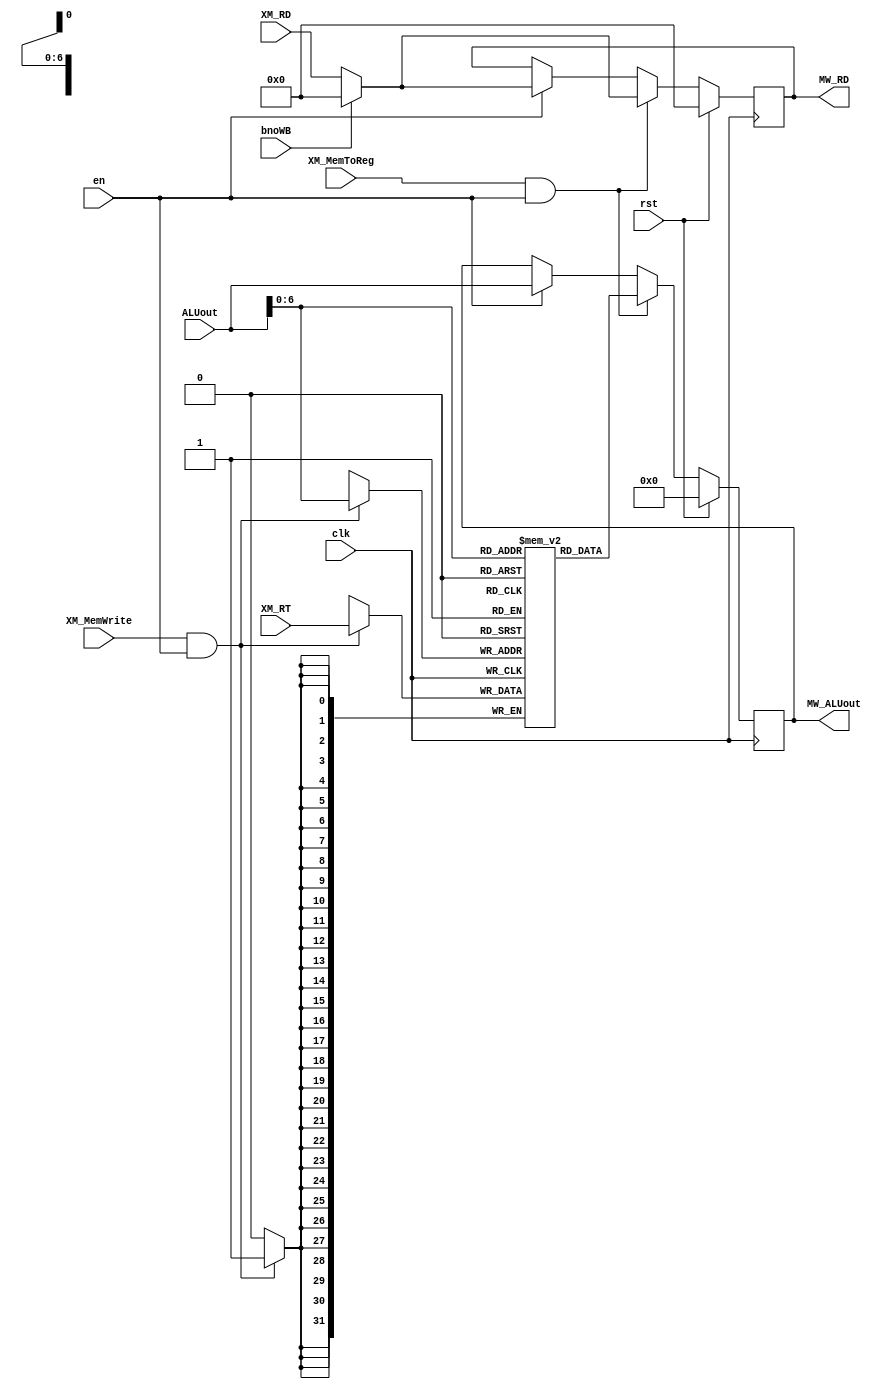
`timescale 1ns/1ps

module MEMORY(
	clk,
	rst,
	ALUout,
	XM_RD,
	XM_MemToReg,
	XM_RT,
	XM_MemWrite,
	bnoWB,
	en,
	
	MW_ALUout,
	MW_RD
);
input clk, rst,en;
input [31:0] ALUout,XM_RT;
input [4:0] XM_RD;
input XM_MemToReg,XM_MemWrite,bnoWB;

output reg [31:0] MW_ALUout;
output reg [4:0] MW_RD;

//data memory
reg [31:0] DM [0:127];

//always store word to data memory
always @(posedge clk)
  if(XM_MemWrite && en)
    DM[ALUout] <= XM_RT;	

//send to Dst REG: "load word from data memory" or  "ALUout"
always @(posedge clk )
begin
//$display("\n%4d %4d %4d %4d %4d %4d\n\n\n",ALUout,XM_RT,XM_RD,XM_MemToReg,XM_MemWrite,bnoWB);
  if(rst)
    begin
	  MW_ALUout	<=	32'b0;
	  MW_RD		<=	5'b0;
	end
  else if(XM_MemToReg && en)
    begin
	  MW_ALUout <= DM[ALUout];
	  MW_RD		<=(bnoWB)?5'd0:XM_RD;
	end
  else if(en)
    begin
	  MW_ALUout	<=	ALUout;
	  MW_RD		<=(bnoWB)?5'd0:XM_RD;
	end

end

endmodule